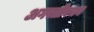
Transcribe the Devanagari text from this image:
अगस्तीवचन